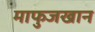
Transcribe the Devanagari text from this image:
माफुजखान